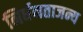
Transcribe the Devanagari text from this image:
निर्धनताजन्य